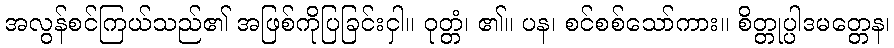
အလွန်စင်ကြယ်သည်၏ အဖြစ်ကိုပြခြင်းငှါ။ ဝုတ္တံ၊ ၏။ ပန၊ စင်စစ်သော်ကား။ စိတ္တုပ္ပါဒမတ္တေန၊